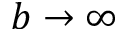
b \to \infty